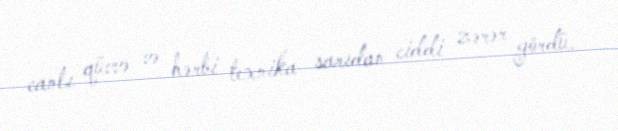
canlı qüvvə və hərbi texnika sarıdan ciddi zərər gördü.